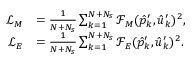
\begin{array} { r l } { \mathcal { L } _ { M } } & { = \frac { 1 } { N + N _ { s } } \sum _ { k = 1 } ^ { N + N _ { s } } \mathcal { F } _ { M } ( \hat { p } _ { k } ^ { \prime } , \hat { u } _ { k } ^ { \prime } ) ^ { 2 } , } \\ { \mathcal { L } _ { E } } & { = \frac { 1 } { N + N _ { s } } \sum _ { k = 1 } ^ { N + N _ { s } } \mathcal { F } _ { E } ( \hat { p } _ { k } ^ { \prime } , \hat { u } _ { k } ^ { \prime } ) ^ { 2 } . } \end{array}